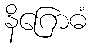
နိဂြောဓံ